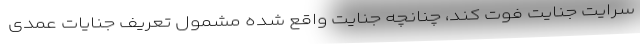
سرایت جنایت فوت کند، چنانچه جنایت واقع شده مشمول تعریف جنایات عمدی